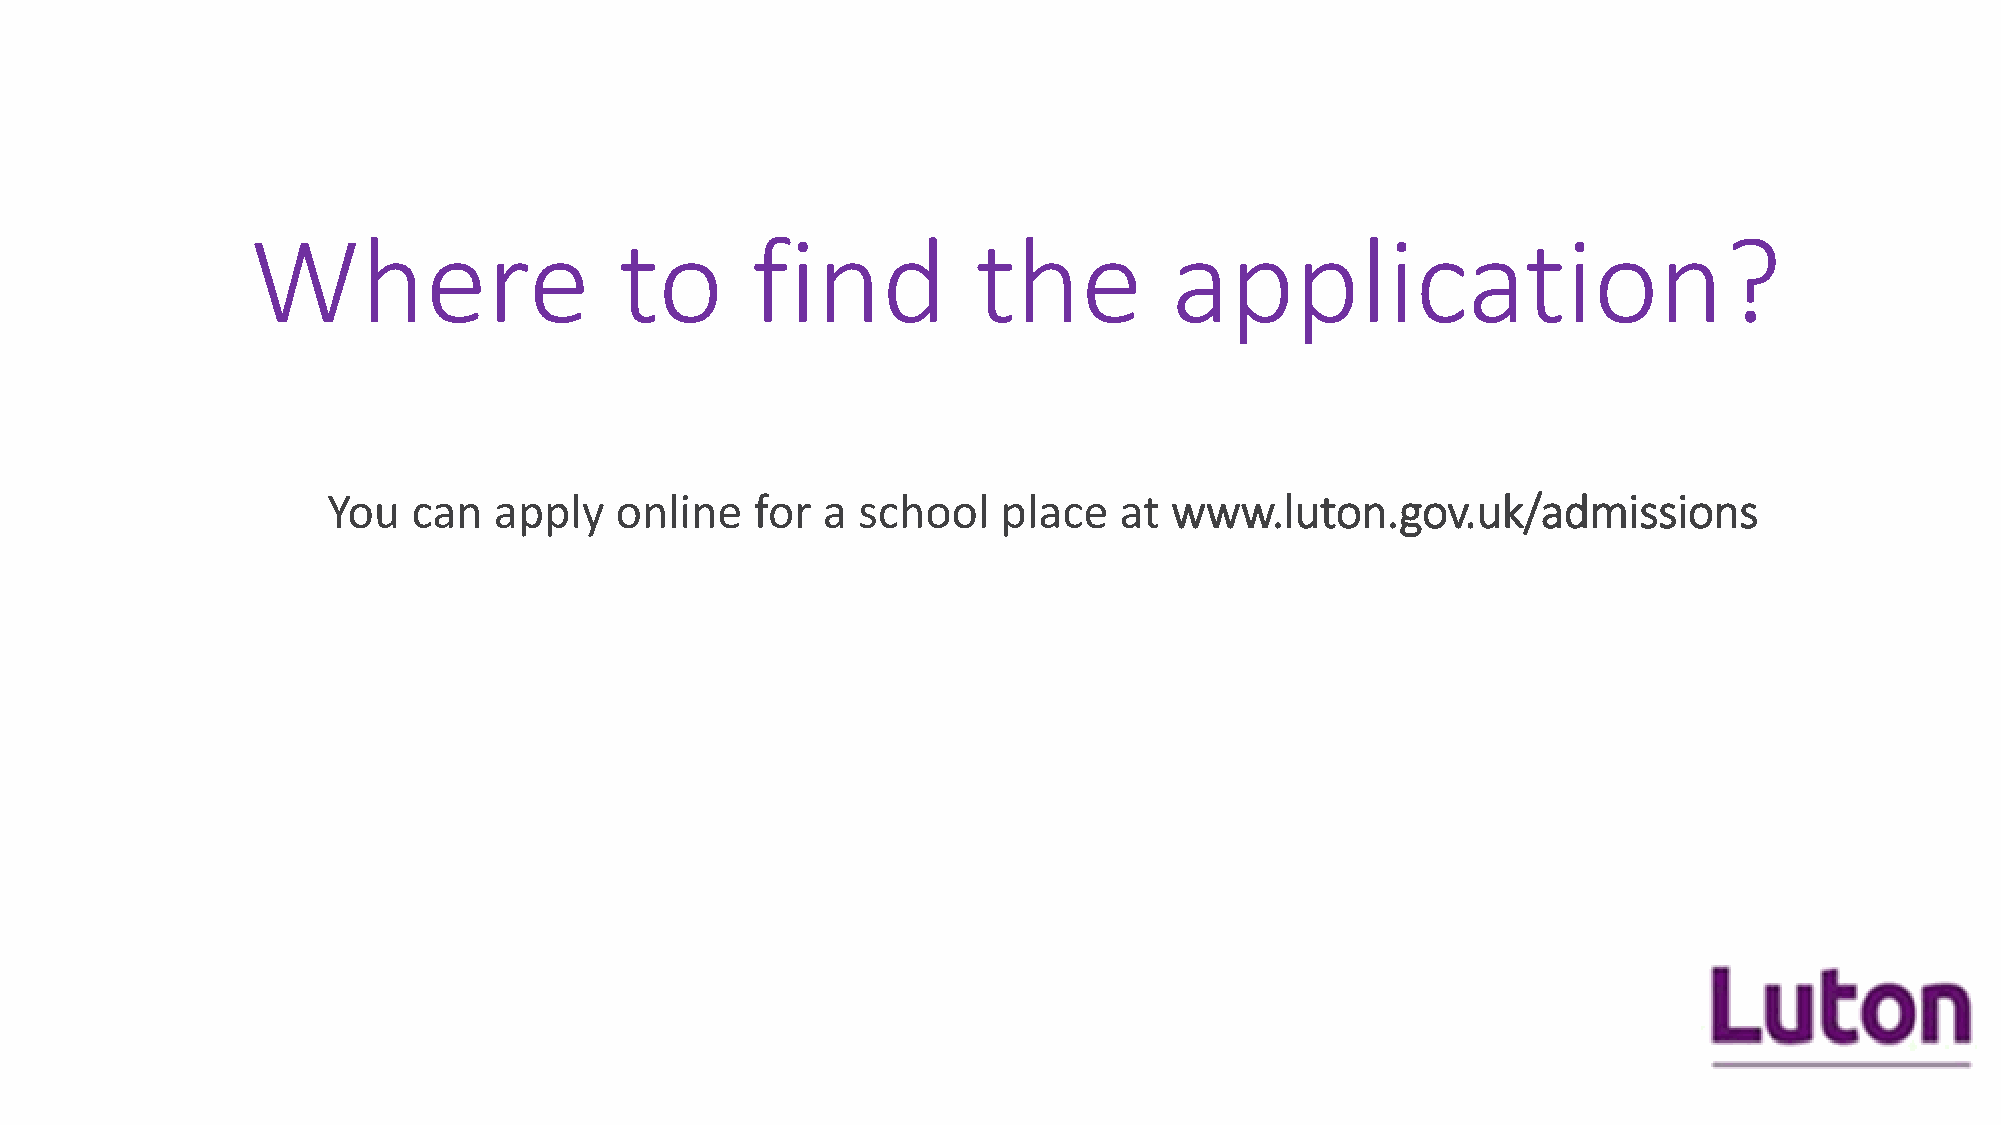
Where                   to       find           the         application?
 You  can   apply   online   for a  school   place   at www.luton.gov.uk/admissions